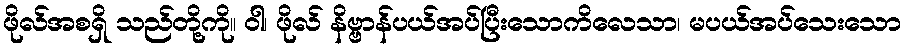
ဖိုလ်အစရှိ သည်တို့ကို။ ဝါ၊ ဖိုလ် နိဗ္ဗာန်ပယ်အပ်ပြီးသောကိလေသာ၊ မပယ်အပ်သေးသော